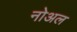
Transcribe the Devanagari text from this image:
नोअल